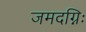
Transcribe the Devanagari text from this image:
जमदग्निः